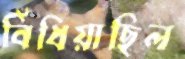
বিঁধিয়াছিল